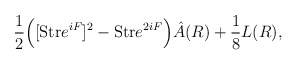
\begin{align*}{1 \over 2} \Big([{\rm Str} e^{iF}]^2 - {\rm Str} e^{2iF} \Big)\hat A(R) +{1\over 8} L(R),\end{align*}